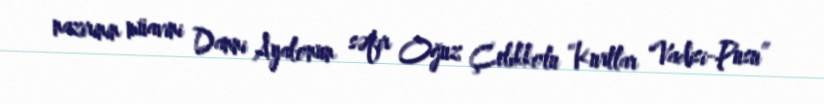
nazirinin müavini Danni Ayalonun səfir Oğuz Çelikkolu “Kurtlar Vadisi-Pusu”